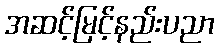
အဆင့်မြင့်နည်းပညာ